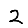
Digit: 2